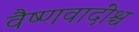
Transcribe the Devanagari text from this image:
वैष्णवादींश्च